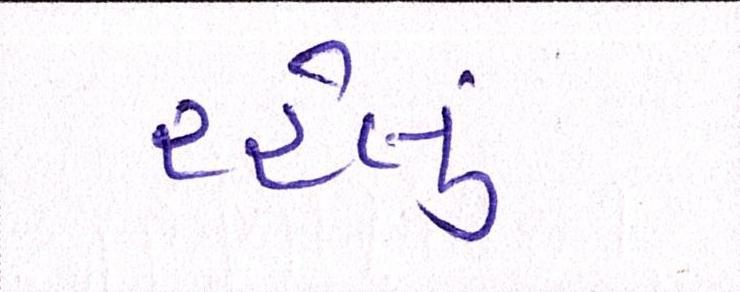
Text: રહેલુ